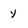
Character: y